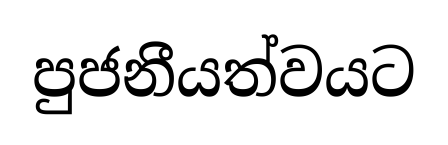
පුජනීයත්වයට